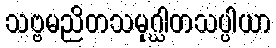
သဗ္ဗမညိတသမုဂ္ဃါတသပ္ပါယာ